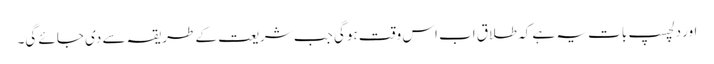
اور دلچسپ بات یہ ہے کہ طلاق اب اس وقت ہوگی جب شریعت کے طریقہ سے دی جائے گی۔